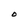
Character: O